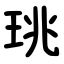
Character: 珧